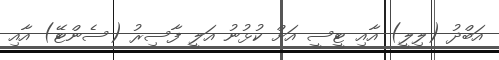
އަބްދު (ލިލީ) އާއި ޓީސީ އަށް ކުޅުނު އަލީ ފާސިރު (ސެންޓޭ) އާއި